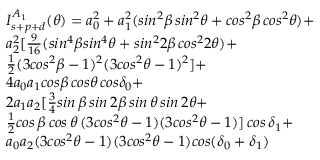
\begin{array} { r l } & { I _ { s + p + d } ^ { A _ { 1 } } ( \theta ) = a _ { 0 } ^ { 2 } + a _ { 1 } ^ { 2 } ( s i n ^ { 2 } \beta \, s i n ^ { 2 } \theta + c o s ^ { 2 } \beta \, c o s ^ { 2 } \theta ) + } \\ & { a _ { 2 } ^ { 2 } [ \frac { 9 } { 1 6 } ( s i n ^ { 4 } \beta s i n ^ { 4 } \theta + s i n ^ { 2 } 2 \beta \, c o s ^ { 2 } 2 \theta ) + } \\ & { \frac { 1 } { 2 } ( 3 c o s ^ { 2 } \beta - 1 ) ^ { 2 } ( 3 c o s ^ { 2 } \theta - 1 ) ^ { 2 } ] + } \\ & { 4 a _ { 0 } a _ { 1 } c o s \beta \, c o s \theta \, c o s \delta _ { 0 } + } \\ & { 2 a _ { 1 } a _ { 2 } [ \frac { 3 } { 4 } s i n \, \beta \, s i n \, 2 \beta \, s i n \, \theta \, s i n \, 2 \theta + } \\ & { \frac { 1 } { 2 } c o s \, \beta \, c o s \, \theta \, ( 3 c o s ^ { 2 } \theta - 1 ) ( 3 c o s ^ { 2 } \theta - 1 ) ] \, c o s \, \delta _ { 1 } + } \\ & { a _ { 0 } a _ { 2 } ( 3 c o s ^ { 2 } \theta - 1 ) ( 3 c o s ^ { 2 } \theta - 1 ) c o s ( \delta _ { 0 } + \delta _ { 1 } ) } \end{array}